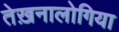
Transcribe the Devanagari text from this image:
तेख़नालोगिया